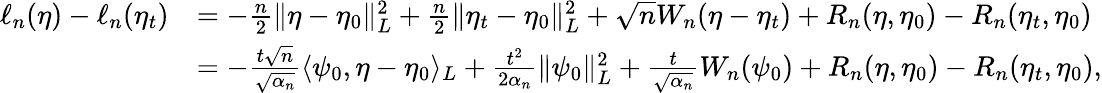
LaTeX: \begin{array}{rl}{\ell_{n}(\eta)-\ell_{n}(\eta_{t})}&{=-\frac{n}{2}\| \eta-\eta_{0}\| _{L}^{2}+\frac{n}{2}\| \eta_{t}-\eta_{0}\| _{L}^{2}+\sqrt{n}W_{n}(\eta-\eta_{t})+R_{n}(\eta,\eta_{0})-R_{n}(\eta_{t},\eta_{0})}\\ &{=-\frac{t\sqrt{n}}{\sqrt{\alpha_{n}}}\langle\psi_{0},\eta-\eta_{0}\rangle_{L}+\frac{t^{2}}{2\alpha_{n}}\| \psi_{0}\| _{L}^{2}+\frac{t}{\sqrt{\alpha_{n}}}W_{n}(\psi_{0})+R_{n}(\eta,\eta_{0})-R_{n}(\eta_{t},\eta_{0}),}\end{array}